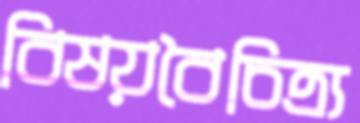
বিষয়বৈচিত্র্য